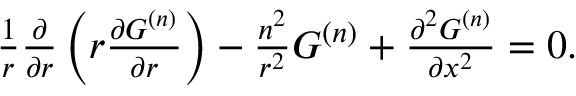
\begin{array} { r } { \frac { 1 } { r } \frac { \partial } { \partial r } \left( r \frac { \partial G ^ { ( n ) } } { \partial r } \right) - \frac { n ^ { 2 } } { r ^ { 2 } } G ^ { ( n ) } + \frac { \partial ^ { 2 } G ^ { ( n ) } } { \partial x ^ { 2 } } = 0 . } \end{array}